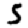
Digit: 5